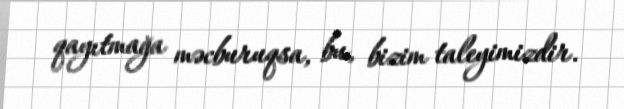
qayıtmağa məcburuqsa, bu, bizim taleyimizdir.